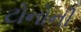
ટોનોની